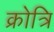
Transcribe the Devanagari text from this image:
क्रोत्रि